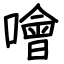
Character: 噲